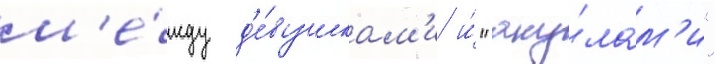
м'е́жду д'е́вушкам'и и́ "аку́лам'и"